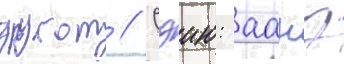
другом // Сэию: аанэ